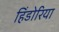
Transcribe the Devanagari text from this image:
हिंडोरिया